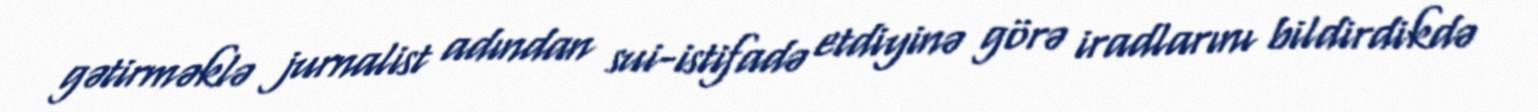
gətirməklə jurnalist adından sui-istifadə etdiyinə görə iradlarını bildirdikdə